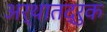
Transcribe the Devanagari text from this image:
अर्थातद्रुक